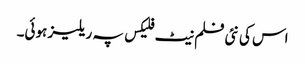
اس کی نئی فلم نیٹ فلیکس پہ ریلیز ہوئی۔